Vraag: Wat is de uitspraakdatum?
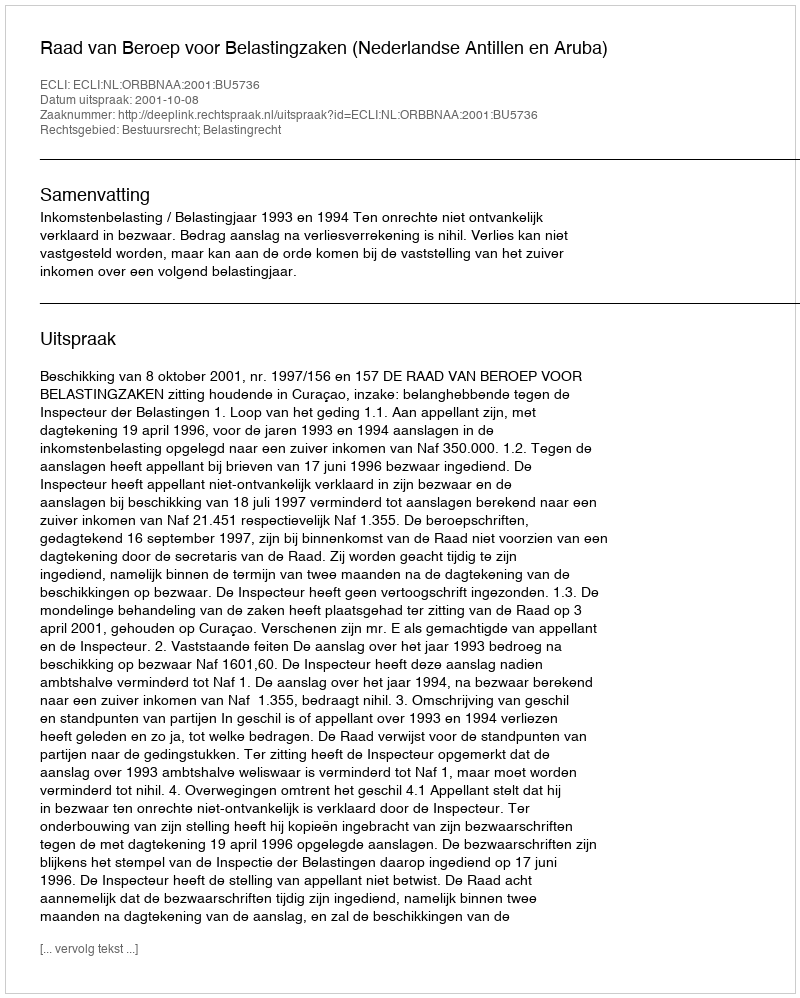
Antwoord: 2001-10-08